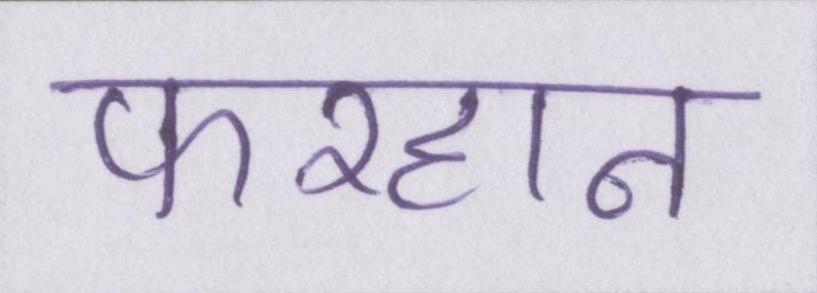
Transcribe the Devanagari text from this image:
फरहान